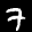
Label: 7